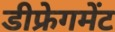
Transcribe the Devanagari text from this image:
डीफ्रेगमेंट